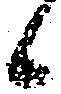
候